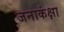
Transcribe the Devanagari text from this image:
जनाकंक्षा